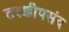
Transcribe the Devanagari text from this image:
तरक्कीपसंद